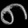
Digit: ၈